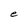
Character: e